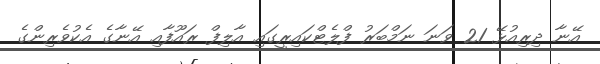
އޭނާ ދިރިއުޅޭ 21 ވަނަ ނަމްބަރު ފްލެޓްކައިރީގައި އާލިފް ރައޫފާއި އޭނާގެ އެކުވެރިންގެ